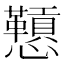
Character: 𪭅